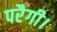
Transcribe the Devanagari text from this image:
परैगी।